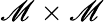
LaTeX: \mathscr{M}\times\mathscr{M}